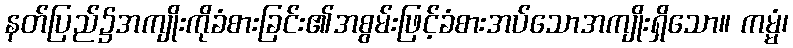
နတ်ပြည်၌အကျိုးကိုခံစားခြင်း၏အစွမ်းဖြင့်ခံစားအပ်သောအကျိုးရှိသော။ ကမ္မံ၊